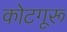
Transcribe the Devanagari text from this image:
कोटगूरू